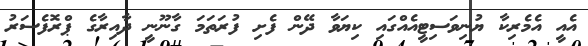
އެއީ އެމެރިކާ ޔުނިވަސިޓީއެއްގައި ކިޔަވާ ދޭން ފެށި ފުރަތަމަ ގާނޫނީ ދާއިރާގެ ޕްރޮފެސަރު